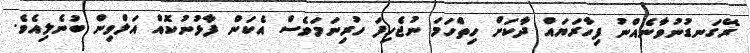
ރޭގަނޑުނުވާނެއްނު ފިހާރަޔައް ދާކަށް ހިތްހަމަ ނުޖެހިފަ ހުރިނަމަވެސް އެކަން ފާޅުނުކޮއް އަލްވިން ބުނެލިއެވެ.